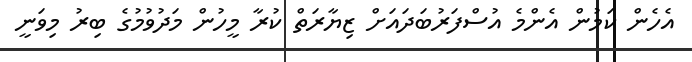
އެހެން ކަމުން އެންމެ އުސްފަރުބަދައަށް ޒިޔާރަތް ކުރާ މީހުން މަދުވުމުގެ ބިރު މިވަނީ